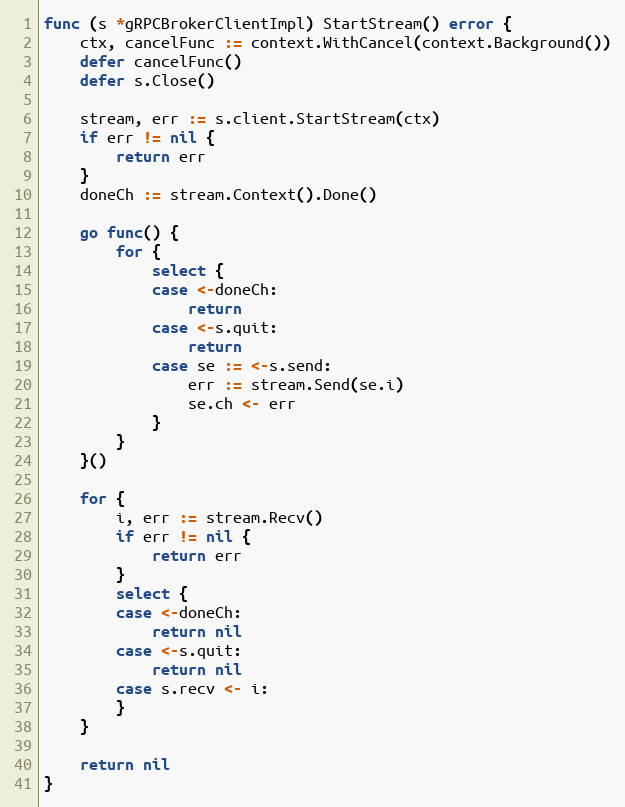
Language: Go
func (s *gRPCBrokerClientImpl) StartStream() error {
	ctx, cancelFunc := context.WithCancel(context.Background())
	defer cancelFunc()
	defer s.Close()

	stream, err := s.client.StartStream(ctx)
	if err != nil {
		return err
	}
	doneCh := stream.Context().Done()

	go func() {
		for {
			select {
			case <-doneCh:
				return
			case <-s.quit:
				return
			case se := <-s.send:
				err := stream.Send(se.i)
				se.ch <- err
			}
		}
	}()

	for {
		i, err := stream.Recv()
		if err != nil {
			return err
		}
		select {
		case <-doneCh:
			return nil
		case <-s.quit:
			return nil
		case s.recv <- i:
		}
	}

	return nil
}